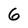
Character: 6